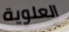
العلوية